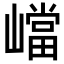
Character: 𡽊